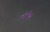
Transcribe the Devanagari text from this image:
दोषेण